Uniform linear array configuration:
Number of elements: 4
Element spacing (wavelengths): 0.5
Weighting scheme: cosine
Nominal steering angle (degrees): -15
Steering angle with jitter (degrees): -16.747
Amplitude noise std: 0.05
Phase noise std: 0.05

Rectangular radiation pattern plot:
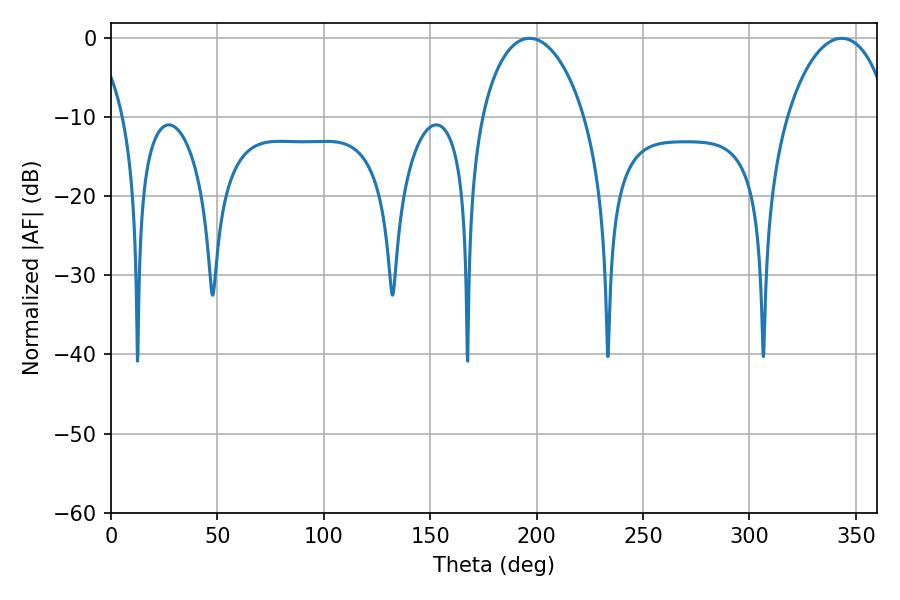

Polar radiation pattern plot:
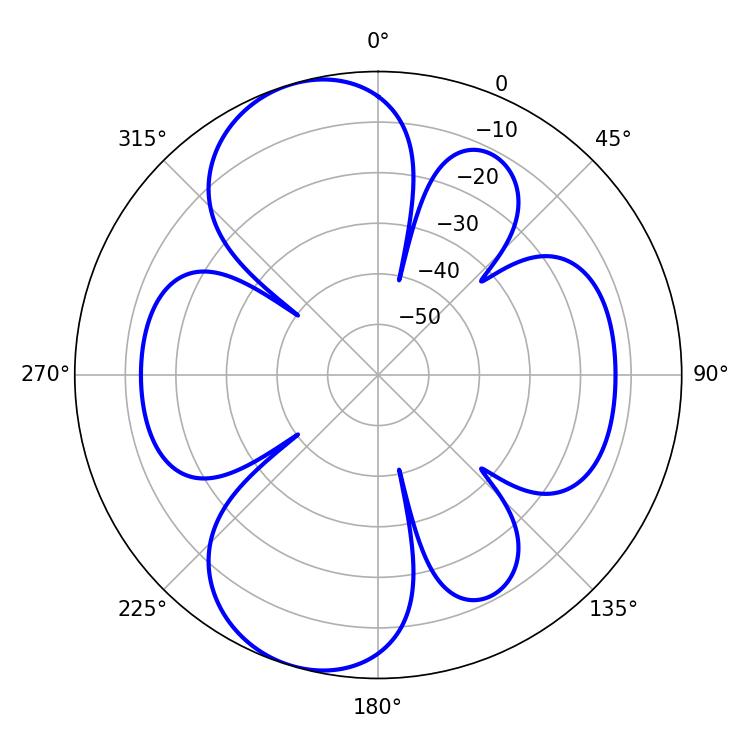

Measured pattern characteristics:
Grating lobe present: FALSE
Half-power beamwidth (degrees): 27.72
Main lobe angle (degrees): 196.74